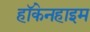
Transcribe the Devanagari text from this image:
हॉकेनहाइम